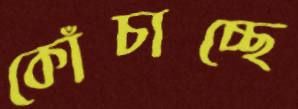
কোঁচাচ্ছে